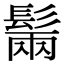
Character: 𩭫